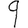
Digit: 9